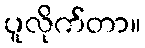
ပူလိုက်တာ။